Scottish Leaving Certificate Examination, 1954
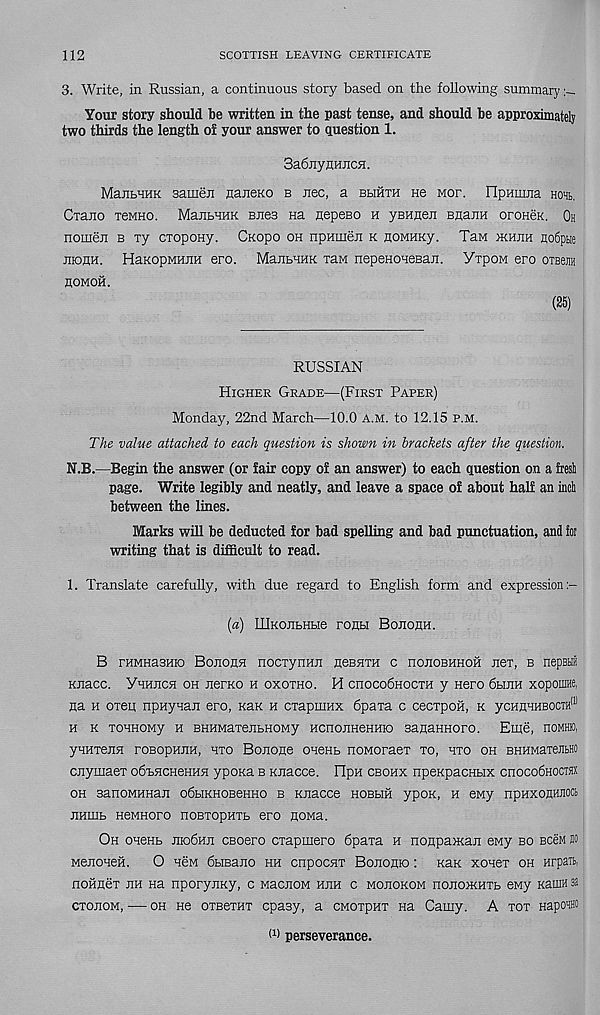
112
SCOTTISH LEAVING CERTIFICATE
3. Write, in Russian, a continuous story based on the following summary
Your story should be written in the past tense, and should be approximately
two thirds the length oi your answer to question 1.
3a6jiynHJicH.
ManbHHK 3a.uien iianeKO b nee, a blihth He mop. npHinna ho%,
Crano TeMHO. MantHHK enes na nepeBo h yBHnen Bnann oroneK. Oh
nomen b Ty cropoHy. CKopo oh npnmen k noMHKy. TaM nmnn no6ptie
nionH. HaKopMHnn ero. ManbHHK xaM nepeHOHesan. YxpoM ero oiBejia
homoh.
(25)
RUSSIAN
Higher Grade—(First Paper)
Monday, 22nd March—10.0 a.m. to 12.15 p.m.
The value attached to each question is shown in brackets after the question.
N.B.—Begin the answer (or lair copy of an answer) to each question on a fresh
page. Write legibly and neatly, and leave a space of about half an inch
between the lines.
Marks will be deducted for bad spelling and bad punctuation, and for
writing that is difficult to read.
1. Translate carefully, with due regard to English form and expression
(a) lUKonLHbie ronbi Bononm
B rHMHasmo Bononn nocTynun neBHXH c nonoBHHOH nex, b nepBtiii
Knacc. YnuncH oh nemo h oxoxho. H ciioco6hocth y Hero 6him xopoim,
Ha h oxeu npuynan ero, Kan h cxapmux 6paxa c cecxpoft, k ycHHHHBOCTH 111
h k xonHOMy h BHHMaxentHOMy HcnonHeHHio sanaHHoro. Eme, noMHK,
ynuxenn roBopnnH, nxo Bonone oneHb noMoraex xo, nxo oh BHHMaxenbHO
cnymaex odbHCHeHHSi ypona b Knacce. FIpH cbohx npeKpacHbix enocoSHoeux
oh sanoMHHan odbiKHOBeHHO b Knacce hobhh ypon, h eiviy npHXOHHJioct
numb HeMHoro noBxopHTb ero noMa.
Oh oneHb moOnn ceoero exapmero 6paxa h nonpaman eMy bo bcbm bo
Menonefi.
O hcm ObiBano hh cnpocnx Bonomo: Kan xonex oh Hrpaxb,
noiiHex nn na nporynxy, c MacnoM Hnn c wonoKOM nononcHTb eMy Kauffl sa
cxonoM, — oh He oxboxht epasy, a cmotphx na Gamy. A xox HapoH®
(1) perseverance.